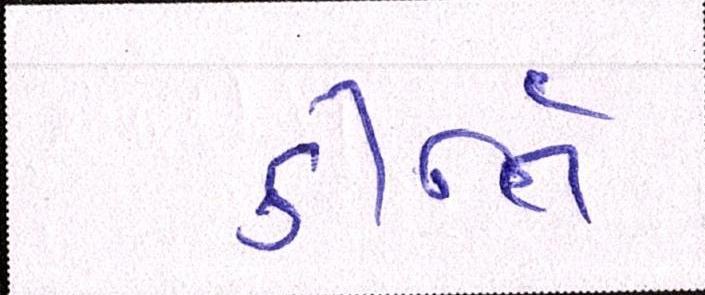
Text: કીર્તિ